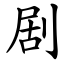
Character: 剧